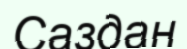
Саздан